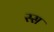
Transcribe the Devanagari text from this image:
स्स